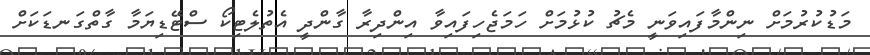
މަޑުކުރުމަށް ނިންމާފައިވަނީ މެޗު ކުޅުމަށް ހަމަޖެހިފައިވާ އިންދިރާ ގާންދީ އެތުލެޓިކޯ ސްޓޭޑިޔަމާ ގާތްގަނޑަކަށް